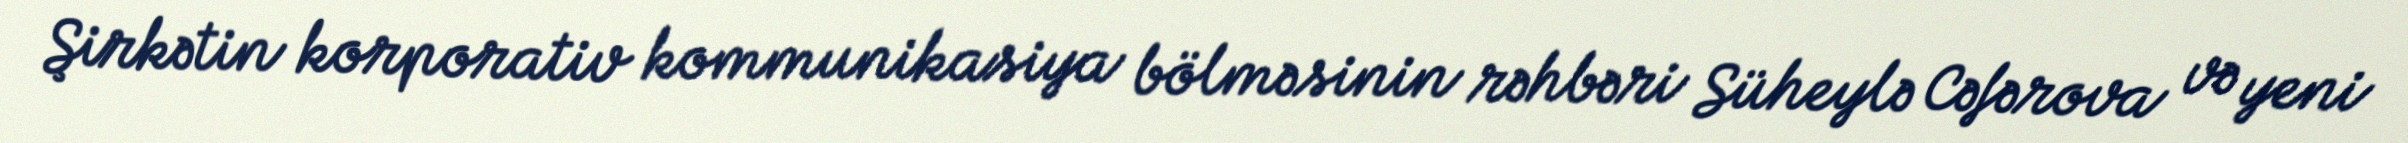
Şirkətin korporativ kommunikasiya bölməsinin rəhbəri Süheylə Cəfərova və yeni